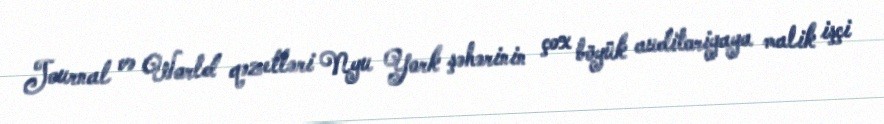
Journal və World qəzetləri Nyu York şəhərinin çox böyük auditoriyaya malik işçi